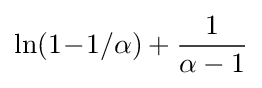
\ln(1\!-\!1/\alpha )+{\frac {1}{\alpha -1}}